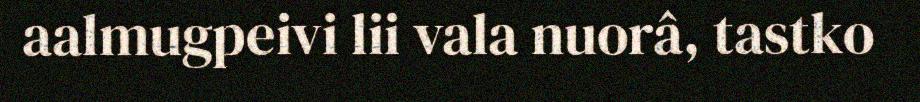
aalmugpeivi lii vala nuorâ, tastko